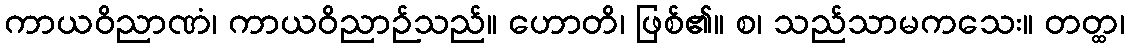
ကာယဝိညာဏံ၊ ကာယဝိညာဉ်သည်။ ဟောတိ၊ ဖြစ်၏။ စ၊ သည်သာမကသေး။ တတ္ထ၊